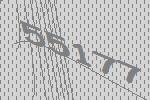
55177